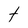
Character: t